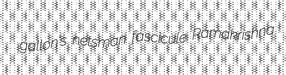
gallon's netsman fascicule Ramakrishna